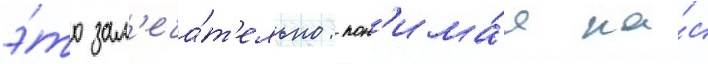
э́то зам'еча́т'ельно: пон'има́я на́с